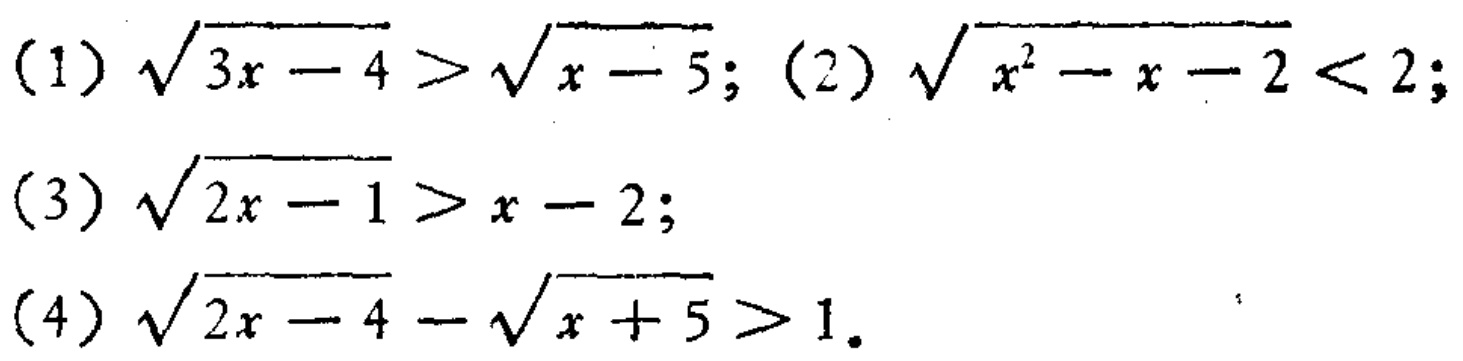
(1) \(\sqrt{3x - 4}>\sqrt{x - 5}\); (2) \(\sqrt{x^{2}-x - 2}<2\);
(3) \(\sqrt{2x - 1}>x - 2\);
(4) \(\sqrt{2x - 4}-\sqrt{x + 5}>1\).